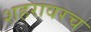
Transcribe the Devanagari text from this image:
शहरावरच